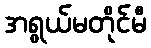
အရွယ်မတိုင်မီ